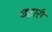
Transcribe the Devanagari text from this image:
छहारी